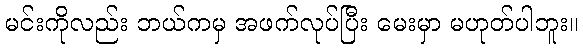
မင်းကိုလည်း ဘယ်ကမှ အဖက်လုပ်ပြီး မေးမှာ မဟုတ်ပါဘူး။